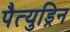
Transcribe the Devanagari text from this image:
पैत्युड्रिन